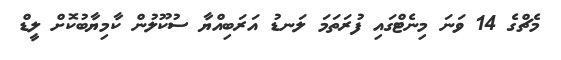
މެޗްގެ 14 ވަނަ މިނެޓްގައި ފުރަތަމަ ލަނޑު އަރަބިއްޔާ ސުކޫލުން ކާމިޔާބުކޮށް ލީޑް